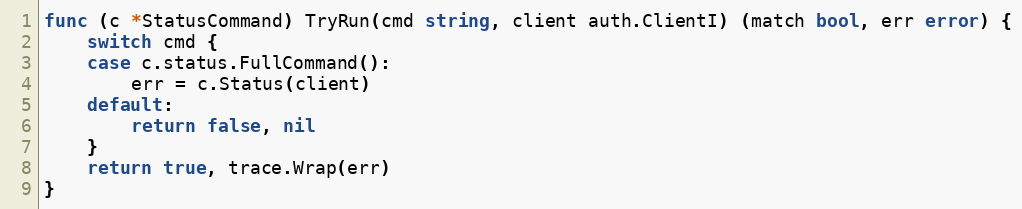
Language: Go
func (c *StatusCommand) TryRun(cmd string, client auth.ClientI) (match bool, err error) {
	switch cmd {
	case c.status.FullCommand():
		err = c.Status(client)
	default:
		return false, nil
	}
	return true, trace.Wrap(err)
}